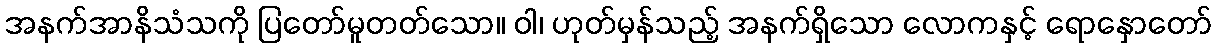
အနက်အာနိသံသကို ပြတော်မူတတ်သော။ ဝါ၊ ဟုတ်မှန်သည့် အနက်ရှိသော လောကနှင့် ရောနှောတော်